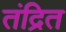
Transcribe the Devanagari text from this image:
तंद्रित